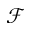
\mathscr { F }